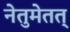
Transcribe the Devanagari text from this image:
नेतुमेतत्‌